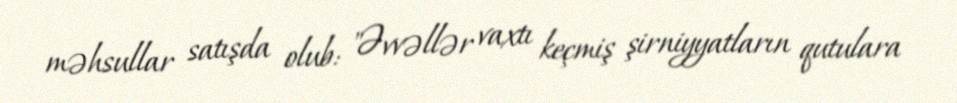
məhsullar satışda olub: "Əvvəllər vaxtı keçmiş şirniyyatların qutulara